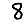
Digit: 8